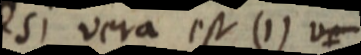
si vera est (1) v